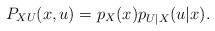
LaTeX: \begin{align*}P_{XU}(x,u)=p_X(x)p_{U|X}(u|x).\end{align*}